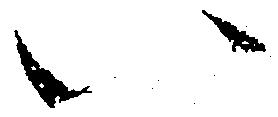
い